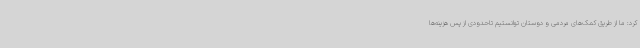
کرد: ما از طریق کمک‌های مردمی و دوستان توانستیم تاحدودی از پس هزینه‌ها